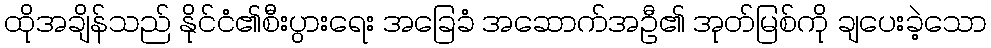
ထိုအချိန်သည် နိုင်ငံ၏စီးပွားရေး အခြေခံ အဆောက်အဦ၏ အုတ်မြစ်ကို ချပေးခဲ့သော